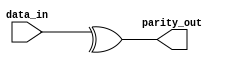
//-----------------------------------------------------
// Design Name : parity_using_bitwise
// Function    : Parity using bitwise xor
// Coder       : Deepak Kumar Tala
//-----------------------------------------------------
module parity_using_bitwise (
data_in    , //  8 bit data in
parity_out   //  1 bit parity out
);
output  parity_out ;
input [7:0] data_in ; 
     
assign parity_out = ^data_in; 

endmodule